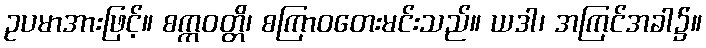
ဥပမာအားဖြင့်။ စက္ကဝတ္တိ၊ စကြာဝတေးမင်းသည်။ ယဒါ၊ အကြင်အခါ၌။